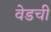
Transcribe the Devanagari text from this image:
वेडची